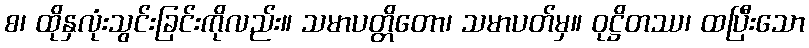
စ၊ ထိုနှလုံးသွင်းခြင်းကိုလည်း။ သမာပတ္တိတော၊ သမာပတ်မှ။ ဝုဋ္ဌိတဿ၊ ထပြီးသော